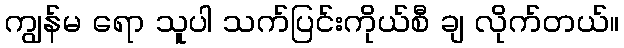
ကျွန်မ ရော သူပါ သက်ပြင်းကိုယ်စီ ချ လိုက်တယ်။